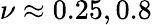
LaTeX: \nu\approx 0.25,0.8